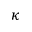
\kappa